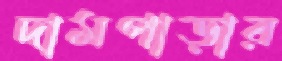
দামপাড়ার